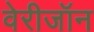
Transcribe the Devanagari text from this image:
वेरीजॉन